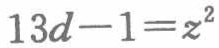
\(13d - 1 = z^{2}\)